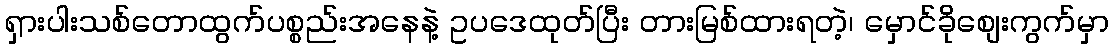
ရှားပါးသစ်တောထွက်ပစ္စည်းအနေနဲ့ ဥပဒေထုတ်ပြီး တားမြစ်ထားရတဲ့၊ မှောင်ခိုစျေးကွက်မှာ